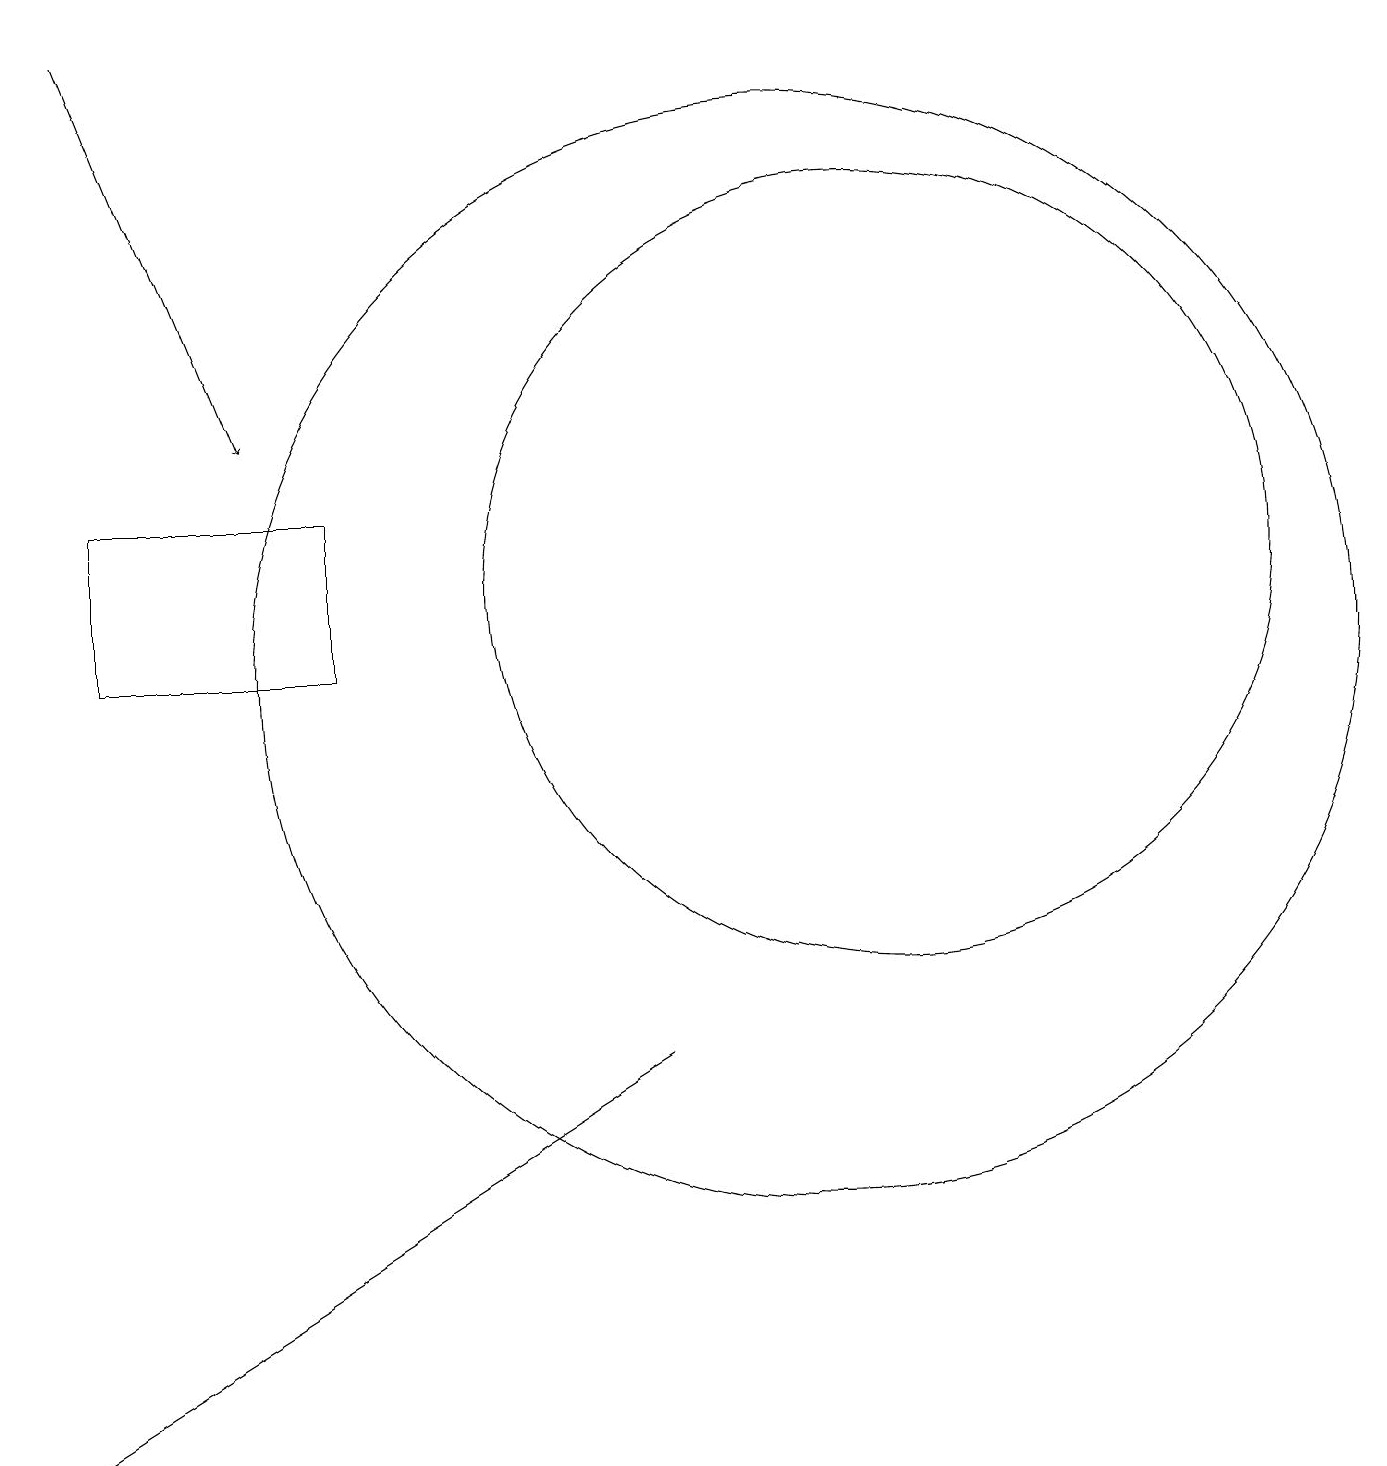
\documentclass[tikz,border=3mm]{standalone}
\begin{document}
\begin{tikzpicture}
\draw (4,11) rectangle (1,13);
\draw (11,12) circle (5);
\draw (8,6) -- (0,1) -- (8,6) -- cycle;
\draw (10,11) circle (7);
\draw[->] (1,19) -- (3,14);
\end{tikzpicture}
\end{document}